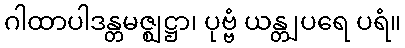
ဂါထာပါဒန္တမဇ္ဈဋ္ဌာ၊ ပုဗ္ဗံ ယန္တျပရေ ပရံ။